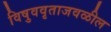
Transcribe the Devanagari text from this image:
विषुववृताजवळील